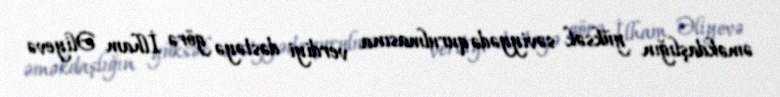
əməkdaşlığın yüksək səviyyədə qurulmasına verdiyi dəstəyə görə İlham Əliyevə